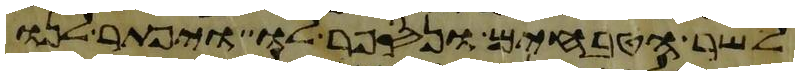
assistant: לשר הטבחים ונספר לו ויפתר לנו